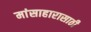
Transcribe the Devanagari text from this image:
मांसाहारासाठी